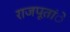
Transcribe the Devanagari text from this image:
राजपूतांे